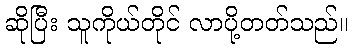
ဆိုပြီး သူကိုယ်တိုင် လာပို့တတ်သည်။